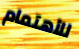
للأهتمام